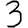
Digit: 3